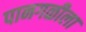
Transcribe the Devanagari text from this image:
पानगळीला